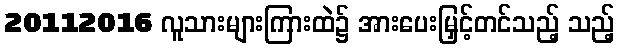
20112016 လူသားများကြားထဲ၌ အားပေးမြှင့်တင်သည့် သည့်